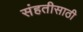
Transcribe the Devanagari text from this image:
संहतीसाठी